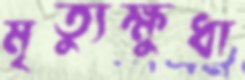
মৃত্যুক্ষুধা